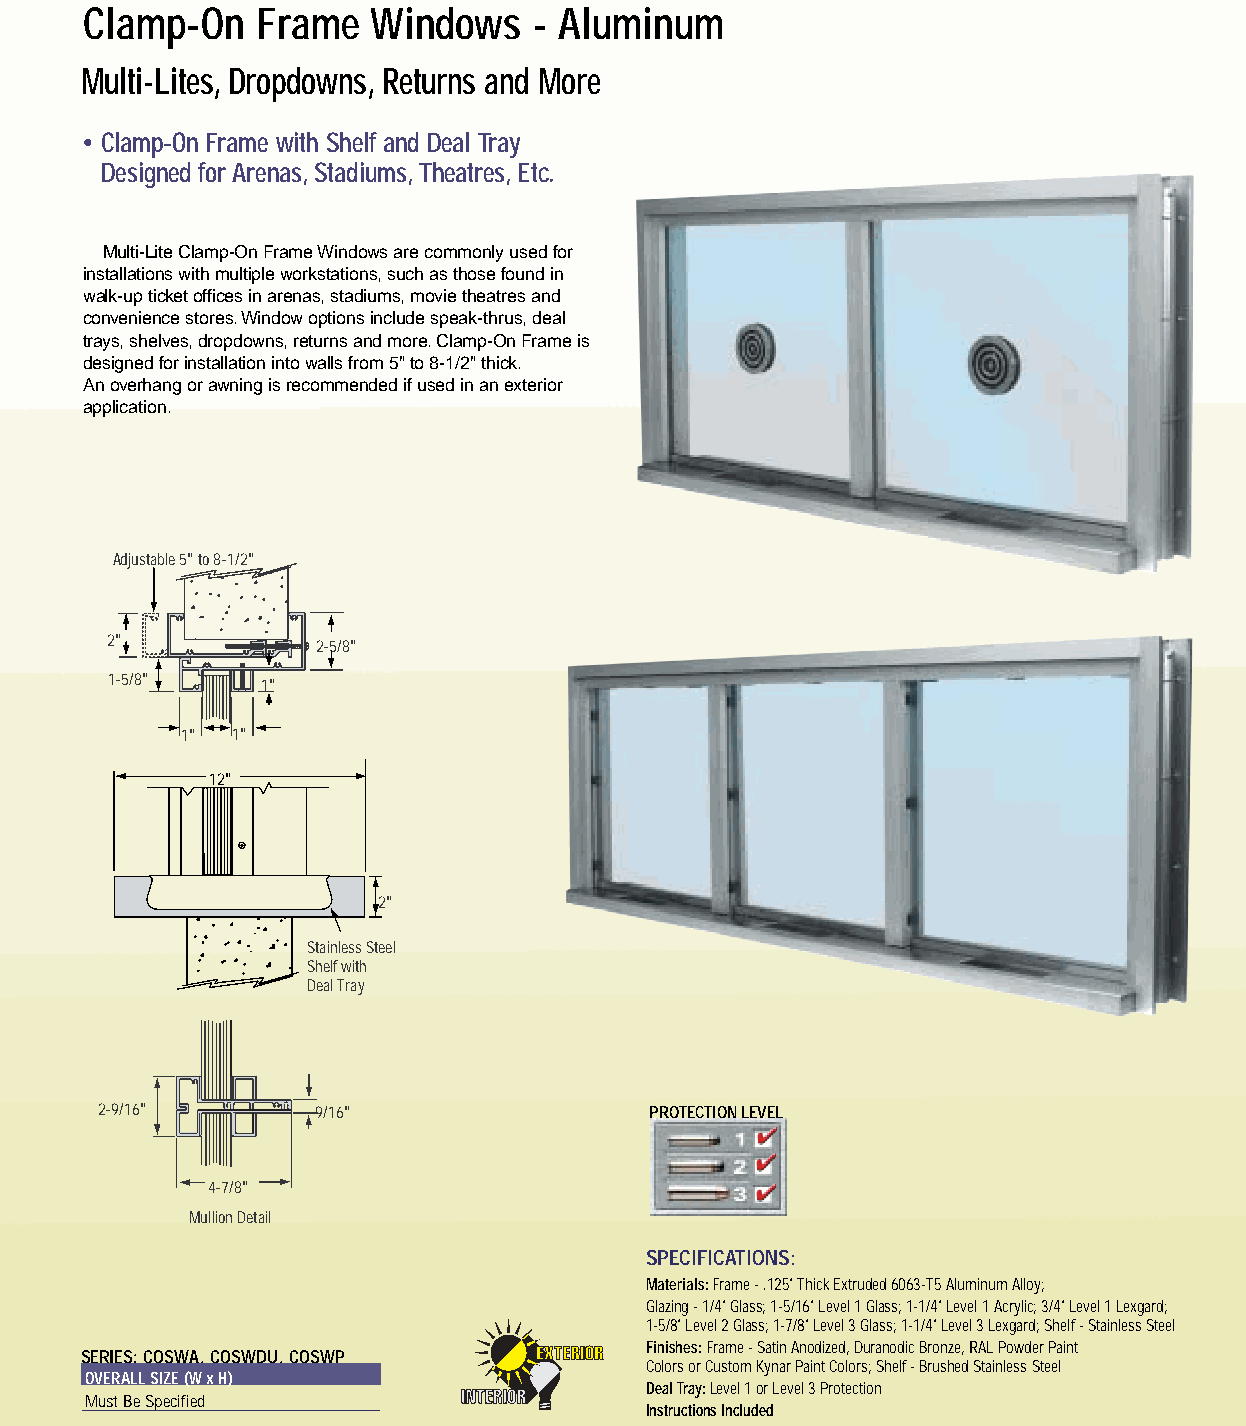
Drawings and specifications are available BULLET RESISTANT WINDOWS
 by fax or at www.crlaurence.com
 Clamp-On   Frame   Windows   - Aluminum
 Multi-Lites, Dropdowns, Returns and More
 • Clamp-On Frame with Shelf and Deal Tray
 Designed for Arenas,Stadiums,Theatres,Etc.
 Multi-Lite Clamp-On Frame Windows are commonly used for
 installations with multiple workstations, such as those found in
 walk-up ticket offices in arenas, stadiums, movie theatres and
 convenience stores.Window options include speak-thrus, deal
 trays, shelves, dropdowns, returns and more.Clamp-On Frame is
 designed for installation into walls from 5" to 8-1/2" thick.
 An overhang or awning is recommended if used in an exterior
 application.
 Adjustable 5" to 8-1/2"
 2"
 2-5/8"
 1-5/8"    1"
 1" 1"
 12"
 2"
 Stainless Steel
 Shelf with
 Deal Tray
 2-9/16"       9/16"                 PROTECTION LEVEL
 4-7/8"
 Mullion Detail
 SPECIFICATIONS:
 Materials:Frame - .125" Thick Extruded 6063-T5 Aluminum Alloy;
 Glazing - 1/4" Glass; 1-5/16" Level 1 Glass; 1-1/4" Level 1 Acrylic; 3/4" Level 1 Lexgard;
 1-5/8" Level 2 Glass; 1-7/8" Level 3 Glass; 1-1/4" Level 3 Lexgard; Shelf - Stainless Steel
 Finishes:Frame - Satin Anodized, Duranodic Bronze, RAL Powder Paint
 SERIES: COSWA, COSWDU, COSWP
 Colors or Custom Kynar Paint Colors; Shelf - Brushed Stainless Steel
 OVERALL SIZE (W xH)
 Deal Tray: Level 1 or Level 3 Protection
 Must Be Specified
 Instructions Included
 TOLL FREE FAX (800) 262-3299 ■ www.crlaurence.com ■ TOLL FREE PHONE (800) 421-6144
 TR43